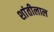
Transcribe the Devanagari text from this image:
शांतीलाल